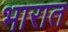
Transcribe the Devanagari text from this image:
भारात